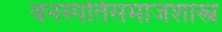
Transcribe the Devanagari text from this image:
वनस्पतिसमाजशास्त्र